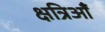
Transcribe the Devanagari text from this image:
क्षत्रिऑँ